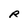
Character: R